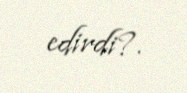
edirdi?.